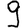
Digit: 9